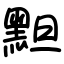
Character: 䵣